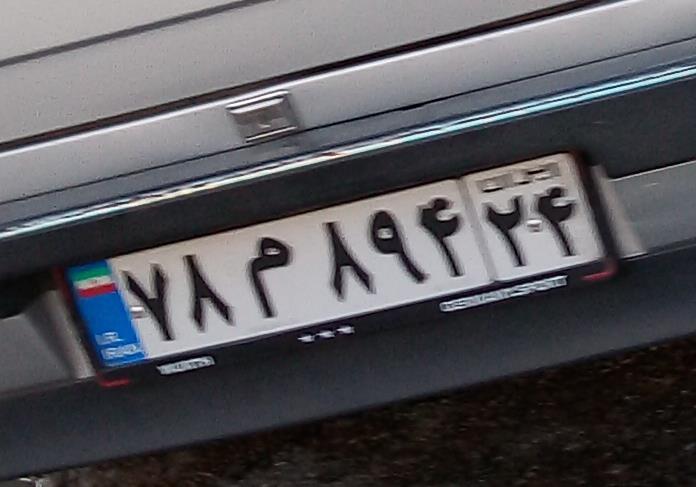
۷۸م۸۹۴۲۴